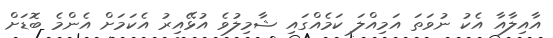
އާއިލާއާ އެކު ނުވަތަ އަމިއްލަ ކަމެއްގައި ޝާމިލުވެ އުޅޭއިރު އެކަމަށް އެންމެ ބޮޑަށް